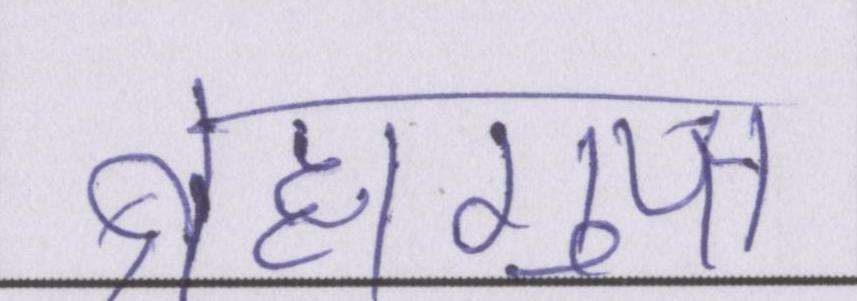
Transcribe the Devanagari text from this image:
ब्रह्मगुप्त